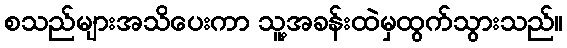
စသည်များအသိပေးကာ သူ့အခန်းထဲမှထွက်သွားသည်။